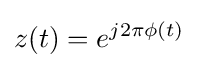
z(t)=e^{j2\pi \phi (t)}